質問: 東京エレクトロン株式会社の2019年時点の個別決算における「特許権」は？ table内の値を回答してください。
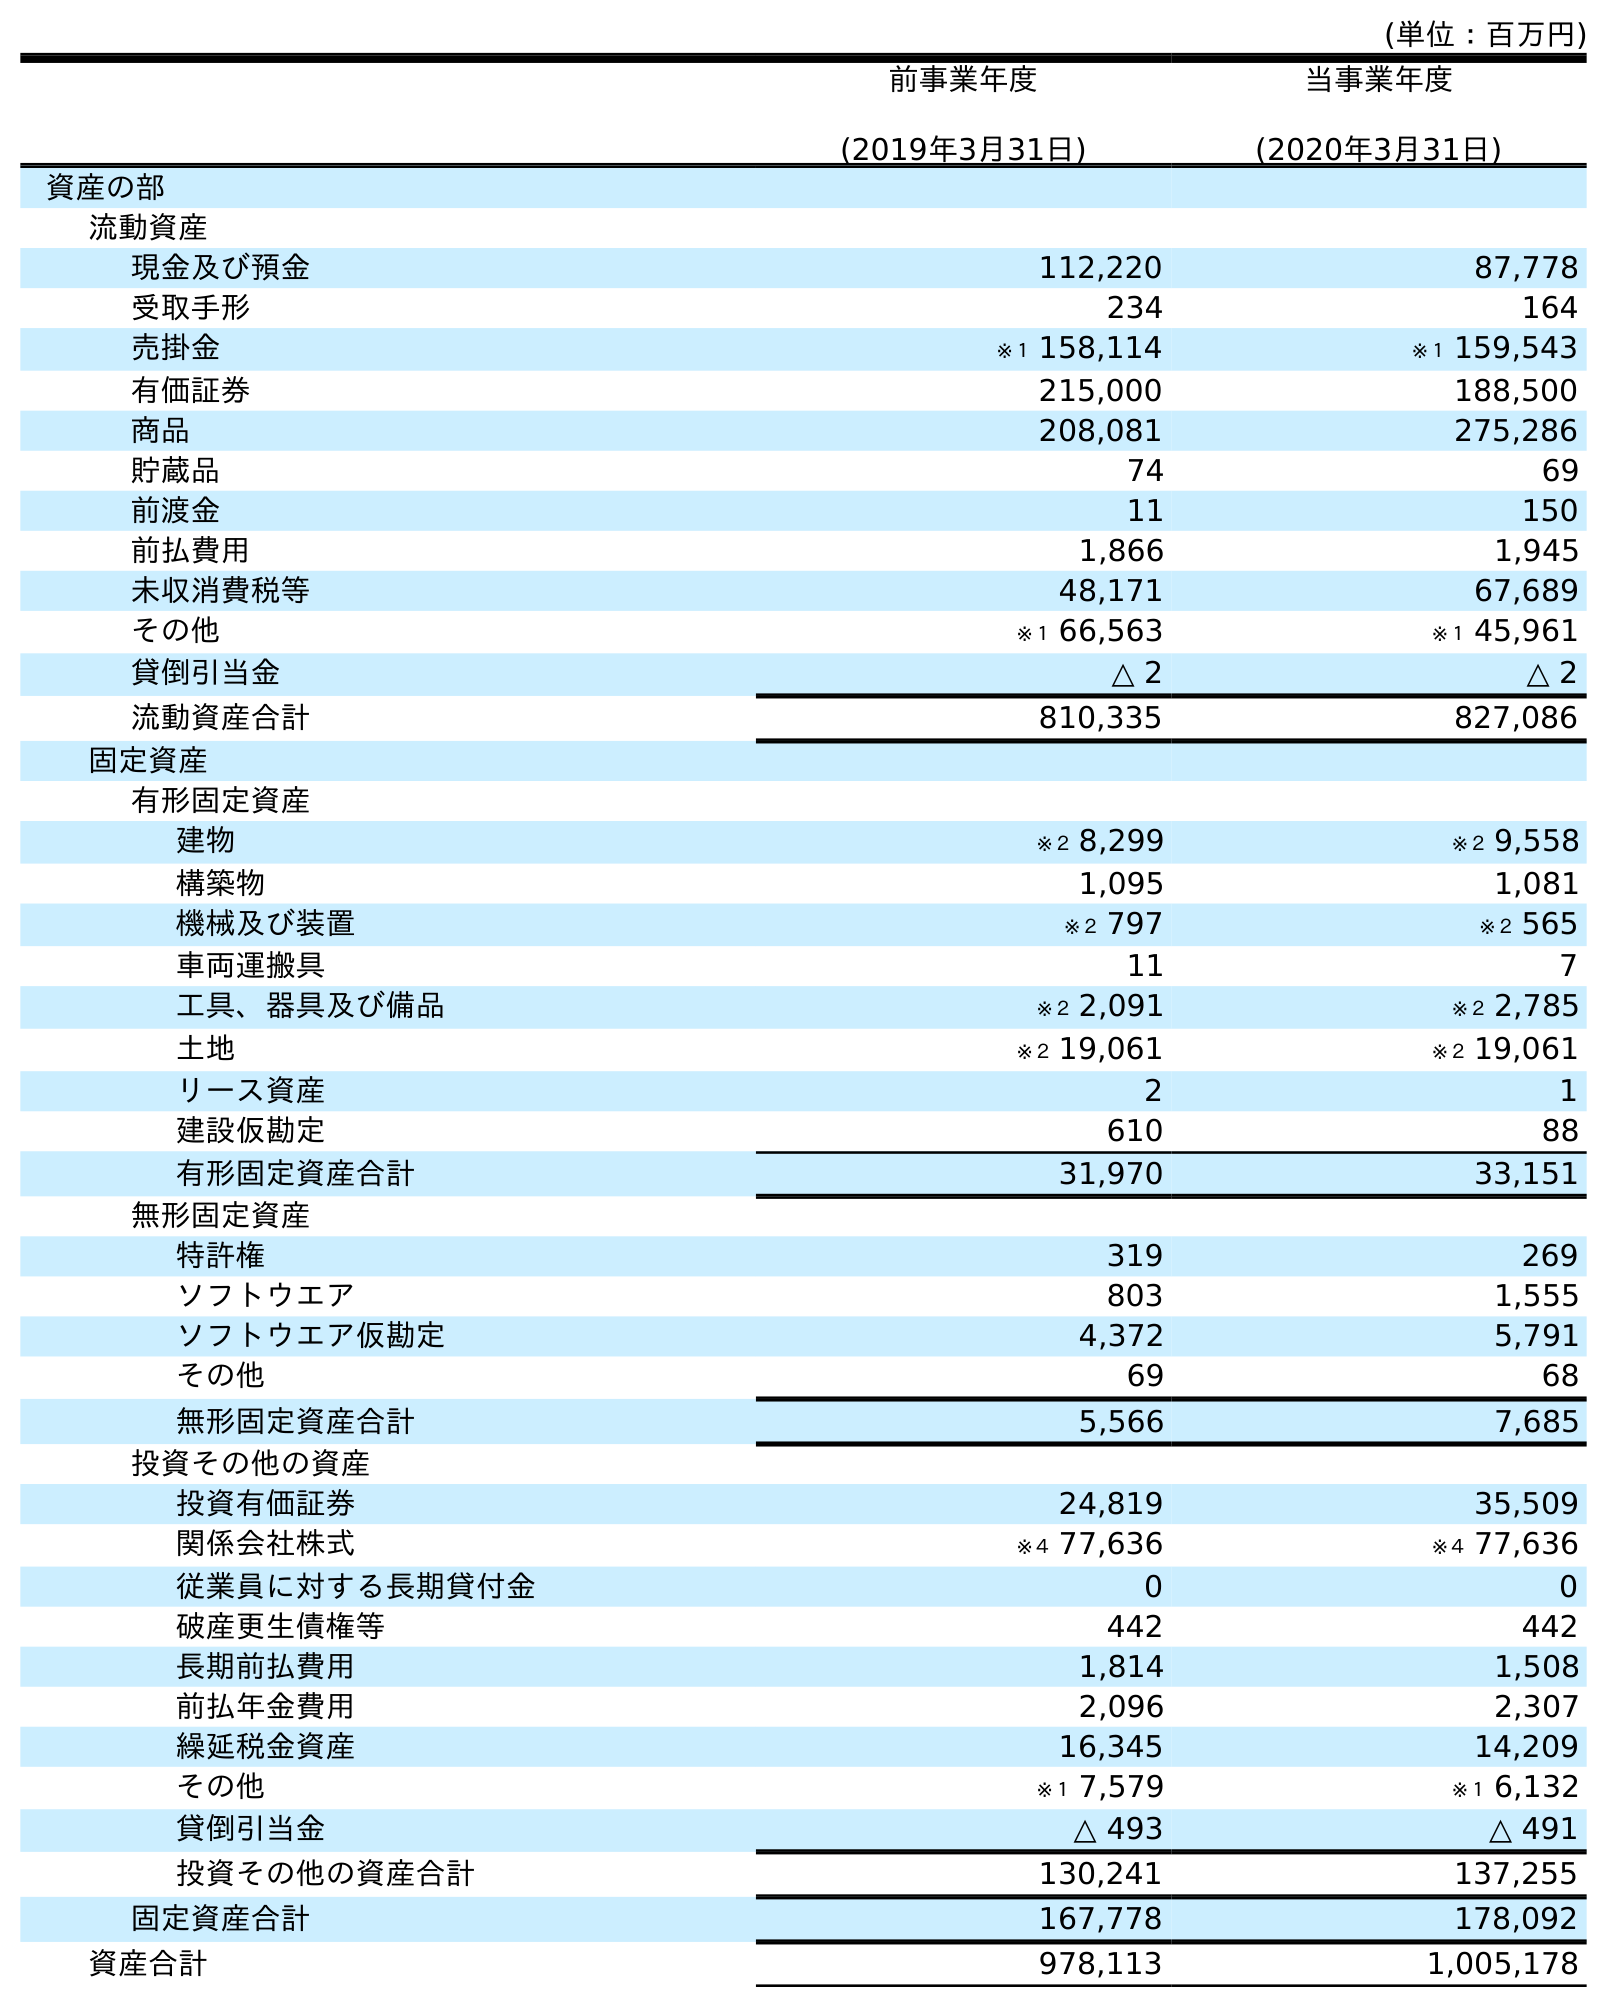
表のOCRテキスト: (単位：百万円) 前事業年度 (2019年3月31日) 当事業年度 (2020年3月31日) 資産の部 流動資産 現金及び預金 112,220 87,778 受取手形 234 164 売掛金 ※１ 158,114 ※１ 159,543 有価証券 215,000 188,500 商品 208,081 275,286 貯蔵品 74 69 前渡金 11 150 前払費用 1,866 1,945 未収消費税等 48,171 67,689 その他 ※１ 66,563 ※１ 45,961 貸倒引当金 △ 2 △ 2 流動資産合計 810,335 827,086 固定資産 有形固定資産 建物 ※２ 8,299 ※２ 9,558 構築物 1,095 1,081 機械及び装置 ※２ 797 ※２ 565 車両運搬具 11 7 工具、器具及び備品 ※２ 2,091 ※２ 2,785 土地 ※２ 19,061 ※２ 19,061 リース資産 2 1 建設仮勘定 610 88 有形固定資産合計 31,970 33,151 無形固定資産 特許権 319 269 ソフトウエア 803 1,555 ソフトウエア仮勘定 4,372 5,791 その他 69 68 無形固定資産合計 5,566 7,685 投資その他の資産 投資有価証券 24,819 35,509 関係会社株式 ※４ 77,636 ※４ 77,636 従業員に対する長期貸付金 0 0 破産更生債権等 442 442 長期前払費用 1,814 1,508 前払年金費用 2,096 2,307 繰延税金資産 16,345 14,209 その他 ※１ 7,579 ※１ 6,132 貸倒引当金 △ 493 △ 491 投資その他の資産合計 130,241 137,255 固定資産合計 167,778 178,092 資産合計 978,113 1,005,178
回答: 319